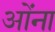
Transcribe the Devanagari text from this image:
ओंना